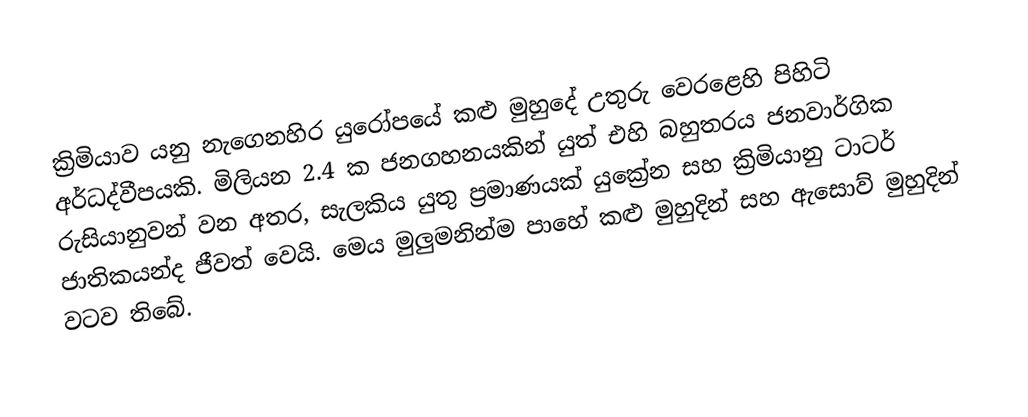
ක්‍රිමියාව යනු නැගෙනහිර යුරෝපයේ කළු මුහුදේ උතුරු වෙරළෙහි පිහිටි අර්ධද්වීපයකි. මිලියන 2.4 ක ජනගහනයකින් යුත් එහි බහුතරය ජනවාර්ගික රුසියානුවන් වන අතර, සැලකිය යුතු ප්‍රමාණයක් යුක්‍රේන සහ ක්‍රිමියානු ටාටර් ජාතිකයන්ද ජීවත් වෙයි. මෙය මුලුමනින්ම පාහේ කළු මුහුදින් සහ ඇසොව් මුහුදින් වටව තිබේ.